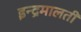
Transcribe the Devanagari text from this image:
इन्द्रमालती